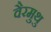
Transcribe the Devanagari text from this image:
वैरमुथु